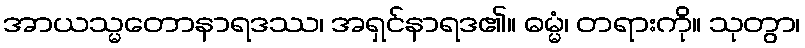
အာယသ္မတောနာရဒဿ၊ အရှင်နာရဒ၏။ ဓမ္မံ၊ တရားကို။ သုတွာ၊